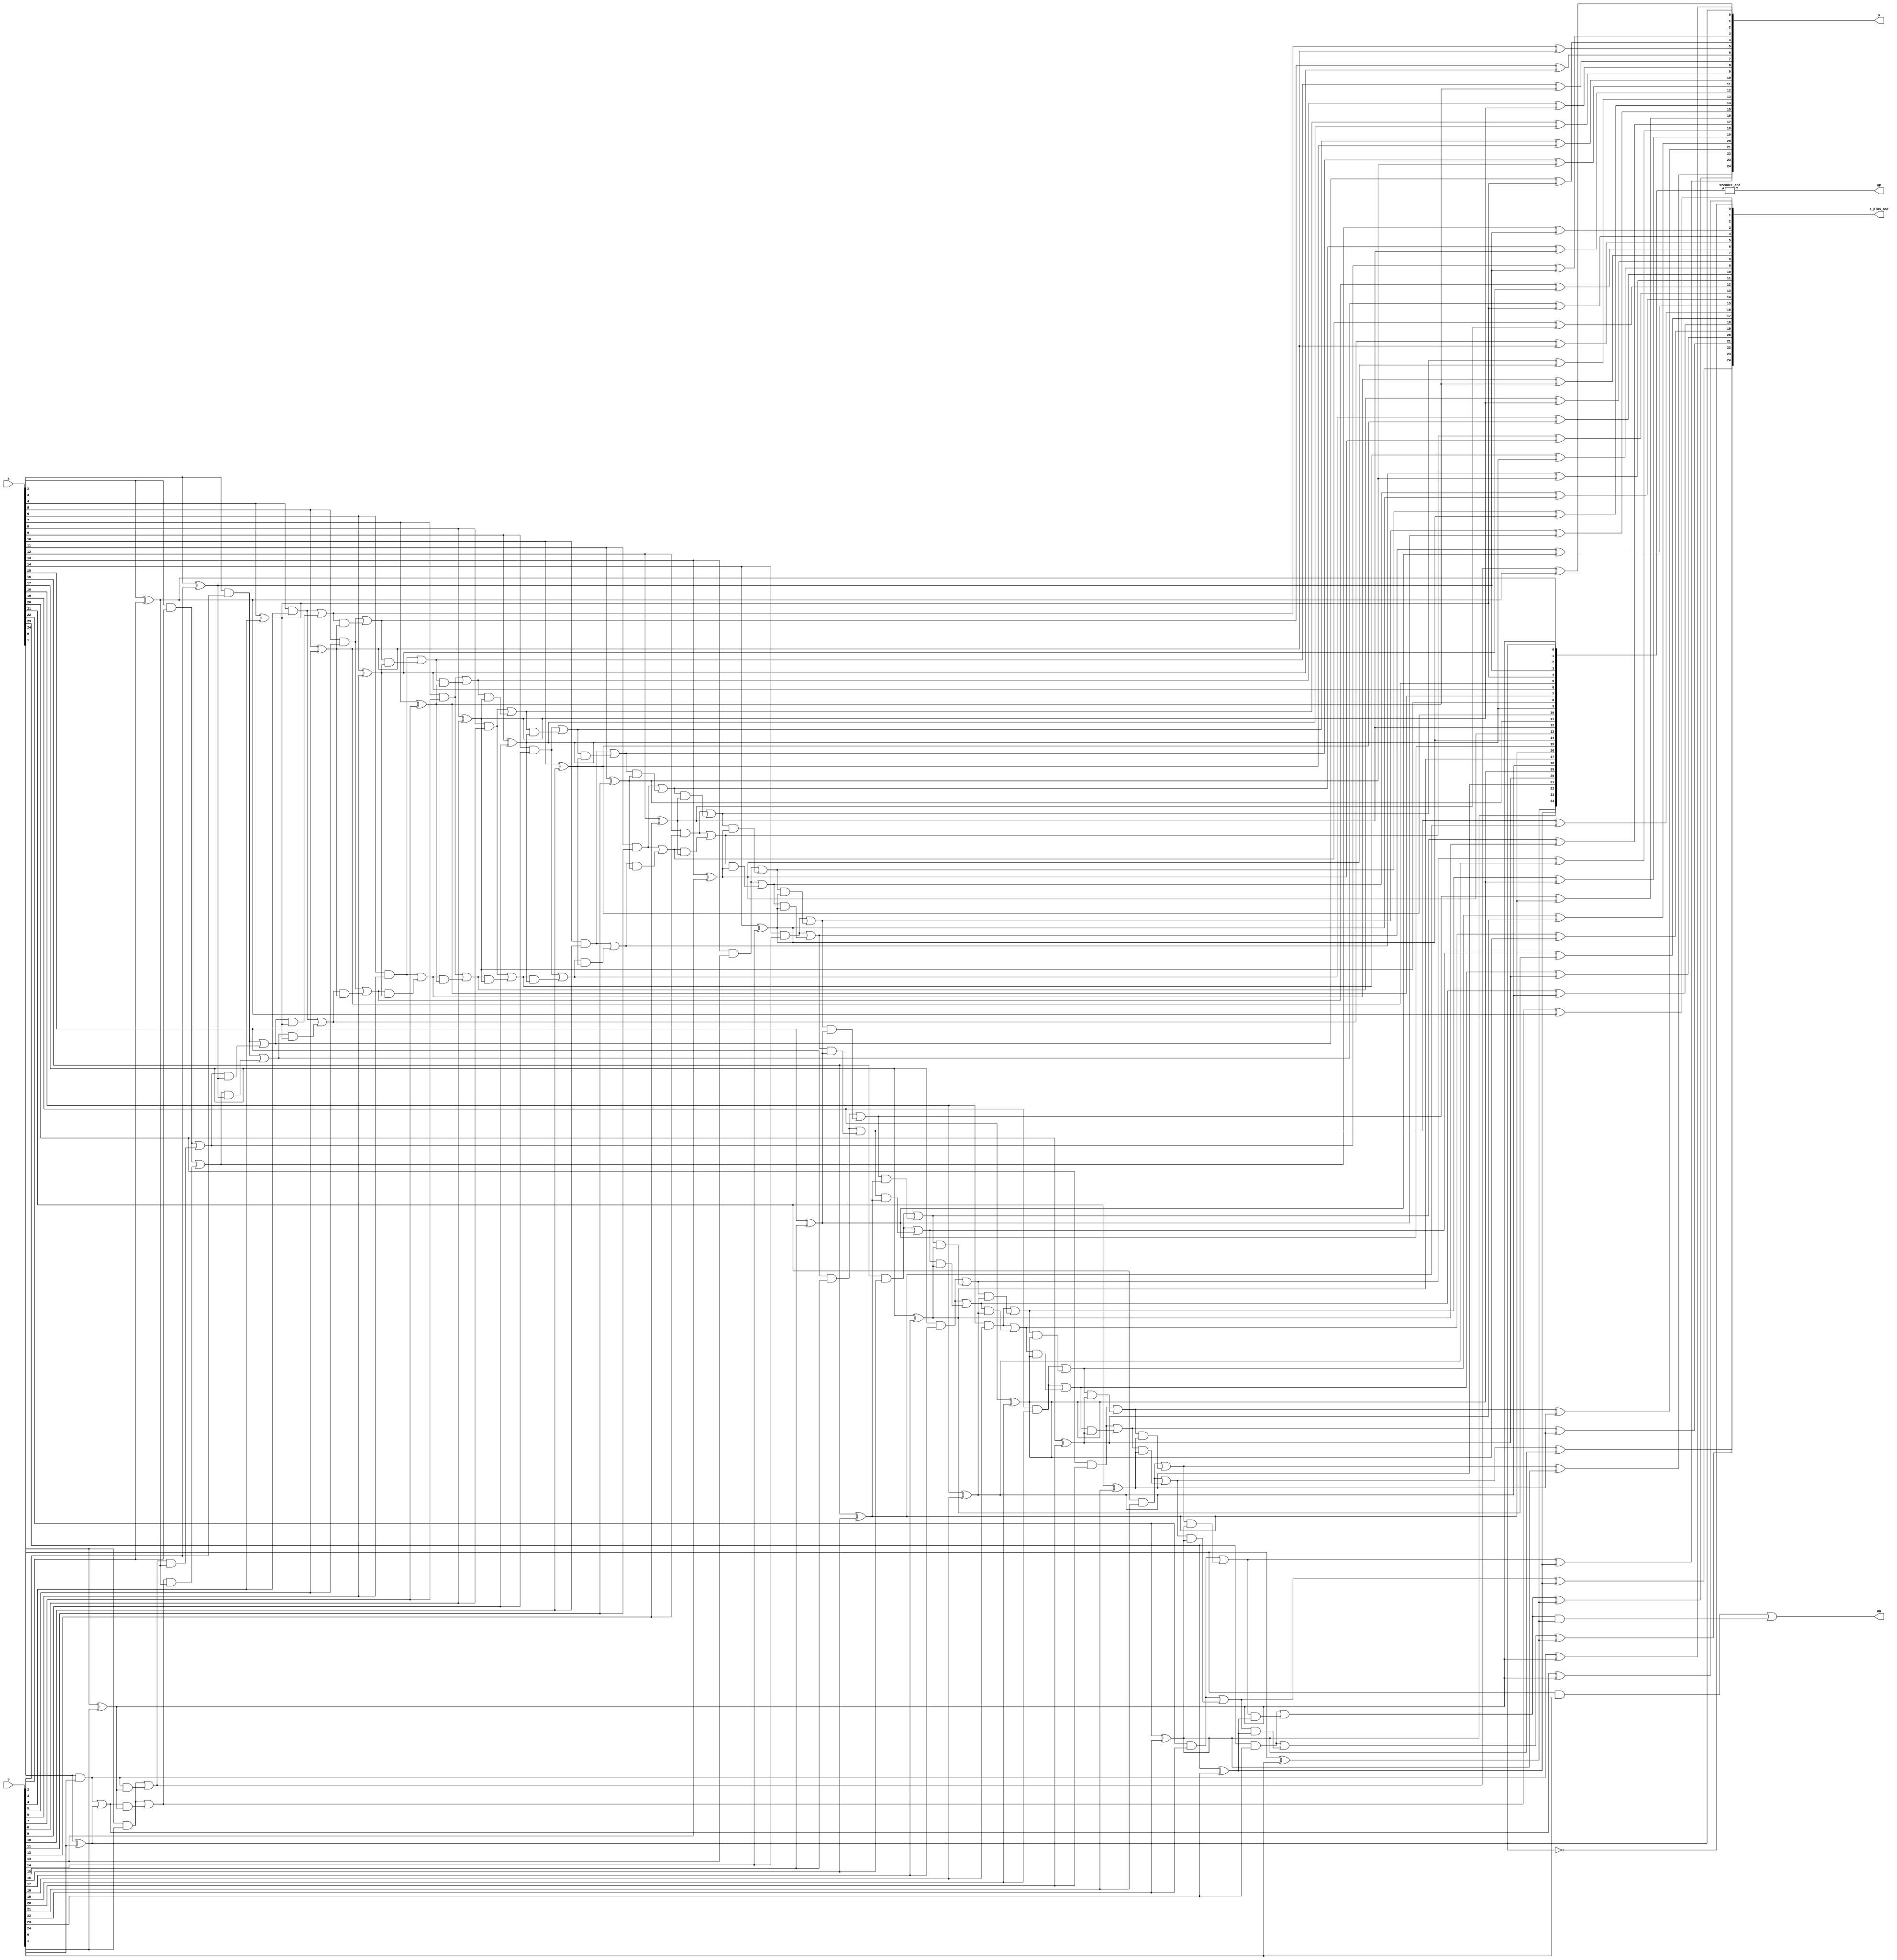
module eac_cla_group(a, b, GG, GP, s, s_plus_one);
  //End Around Carry adder -- CLA group
  
    //Parameters
  parameter WIDTH=32; //32 or 64
  parameter EXP_WIDTH=8;
  parameter SIG_WIDTH=23;
  parameter BIAS=127;
  
  //localparam ADD_WIDTH=3*(SIG_WIDTH+1)+3;
  localparam SHAMT_WIDTH=6;
  parameter CLA_GRP_WIDTH=25;
  parameter N_CLA_GROUPS=2;
  
  localparam ADDER_WIDTH=N_CLA_GROUPS*CLA_GRP_WIDTH;
  
  parameter code_NaN=32'b0_11111111_1000_0000_0000_0000_0000_000;
  parameter code_PINF=32'b0_11111111_0000_0000_0000_0000_0000_000;
  parameter code_NINF=32'b1_11111111_0000_0000_0000_0000_0000_000;
  
  input [CLA_GRP_WIDTH-1:0] a, b;
  output [CLA_GRP_WIDTH-1:0] s, s_plus_one;
  output GG, GP; //Group generate and group propagate
  //Generate, propagate vectors
  reg [CLA_GRP_WIDTH-1:0] G, P, sum, sum1;
  reg [CLA_GRP_WIDTH:0]  carry_in, carry_in1;
  
  wire cin;
  assign s = sum;
  assign s_plus_one = sum1;
  assign GG = carry_in[CLA_GRP_WIDTH];
  assign GP = &P;
  
  integer i;
  
  always @ (*) begin
     //Propagates, generates
     for(i=0;i<CLA_GRP_WIDTH;i=i+1) begin
        G[i] = a[i] & b[i];
        P[i] = a[i] ^ b[i];
        
     end
     
     //Carry
     carry_in[0] = 0;
     for(i=1;i<=CLA_GRP_WIDTH;i=i+1) begin
             carry_in[i]=G[i-1] | (carry_in[i-1] & P[i-1]) ;
     end
     
     carry_in1[0] = 1;
     for(i=1;i<=CLA_GRP_WIDTH;i=i+1) begin
             carry_in1[i]=G[i-1] | (carry_in1[i-1] & P[i-1]) ;
     end

     
  end
  
  //Sum
  always @ (*) begin
    for(i=0;i<CLA_GRP_WIDTH;i=i+1) begin
      sum[i] = carry_in[i] ^ P[i];
      sum1[i] = carry_in1[i] ^ P[i];
    end
  end
  
  
endmodule